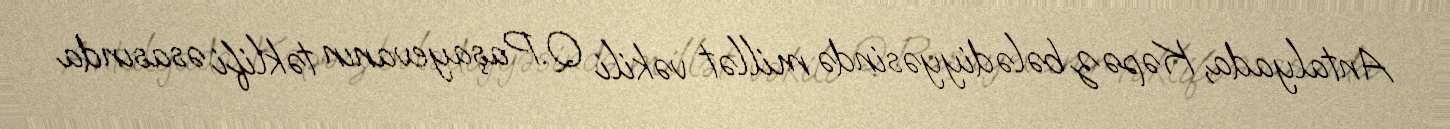
Antalyada, Kəpəz bələdiyyəsində millət vəkili Q.Paşayevanın təklifi əsasında